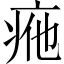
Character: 𤵩